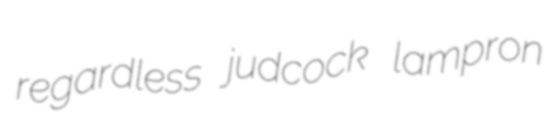
regardless judcock lampron